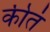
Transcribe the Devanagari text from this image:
कीतं